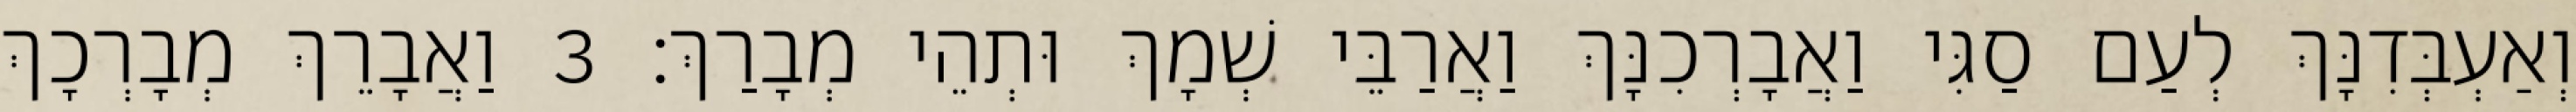
וְאַעְבְּדִנָּךְ לְעַם סַגִּי וַאֲבָרְכִנָּךְ וַאֲרַבֵּי שְׁמָךְ וּתְהֵי מְבָרַךְ׃ 3 וַאֲבָרֵךְ מְבָרְכָךְ